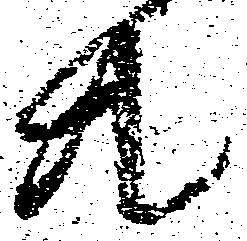
共